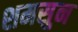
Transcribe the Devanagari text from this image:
शमसुन